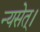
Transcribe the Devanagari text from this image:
न्यसेत्‌।